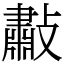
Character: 㪩